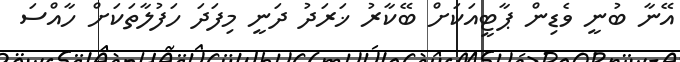
އޭނާ ބުނީ ވެޑިން ޕާޓީއަކަށް ބޭކާރު ޚަރަދު ދަނީ މިފަދަ ހަފުލާތަކަށް ހާއްސަ